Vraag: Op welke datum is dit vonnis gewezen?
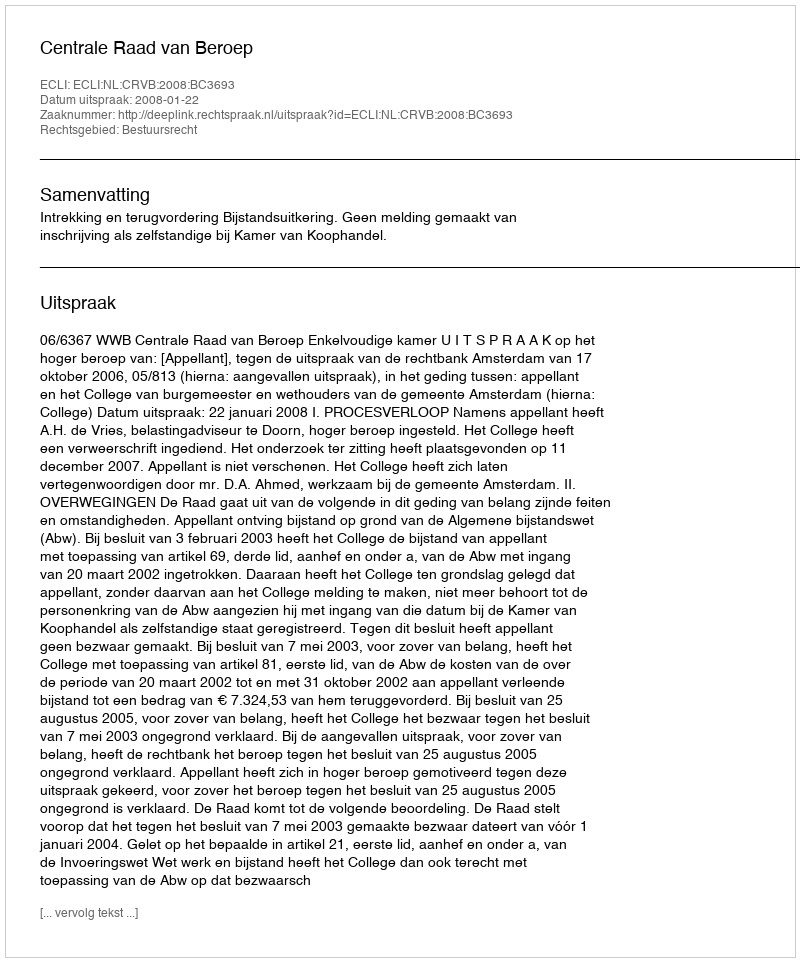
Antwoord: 2008-01-22